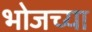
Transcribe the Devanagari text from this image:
भोजच्या